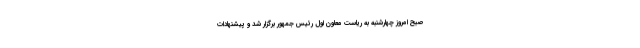
صبح امروز چهارشنبه به ریاست معاون اول رئیس جمهور برگزار شد و پیشنهادات